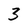
Character: 3